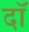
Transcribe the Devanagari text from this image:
दॉ